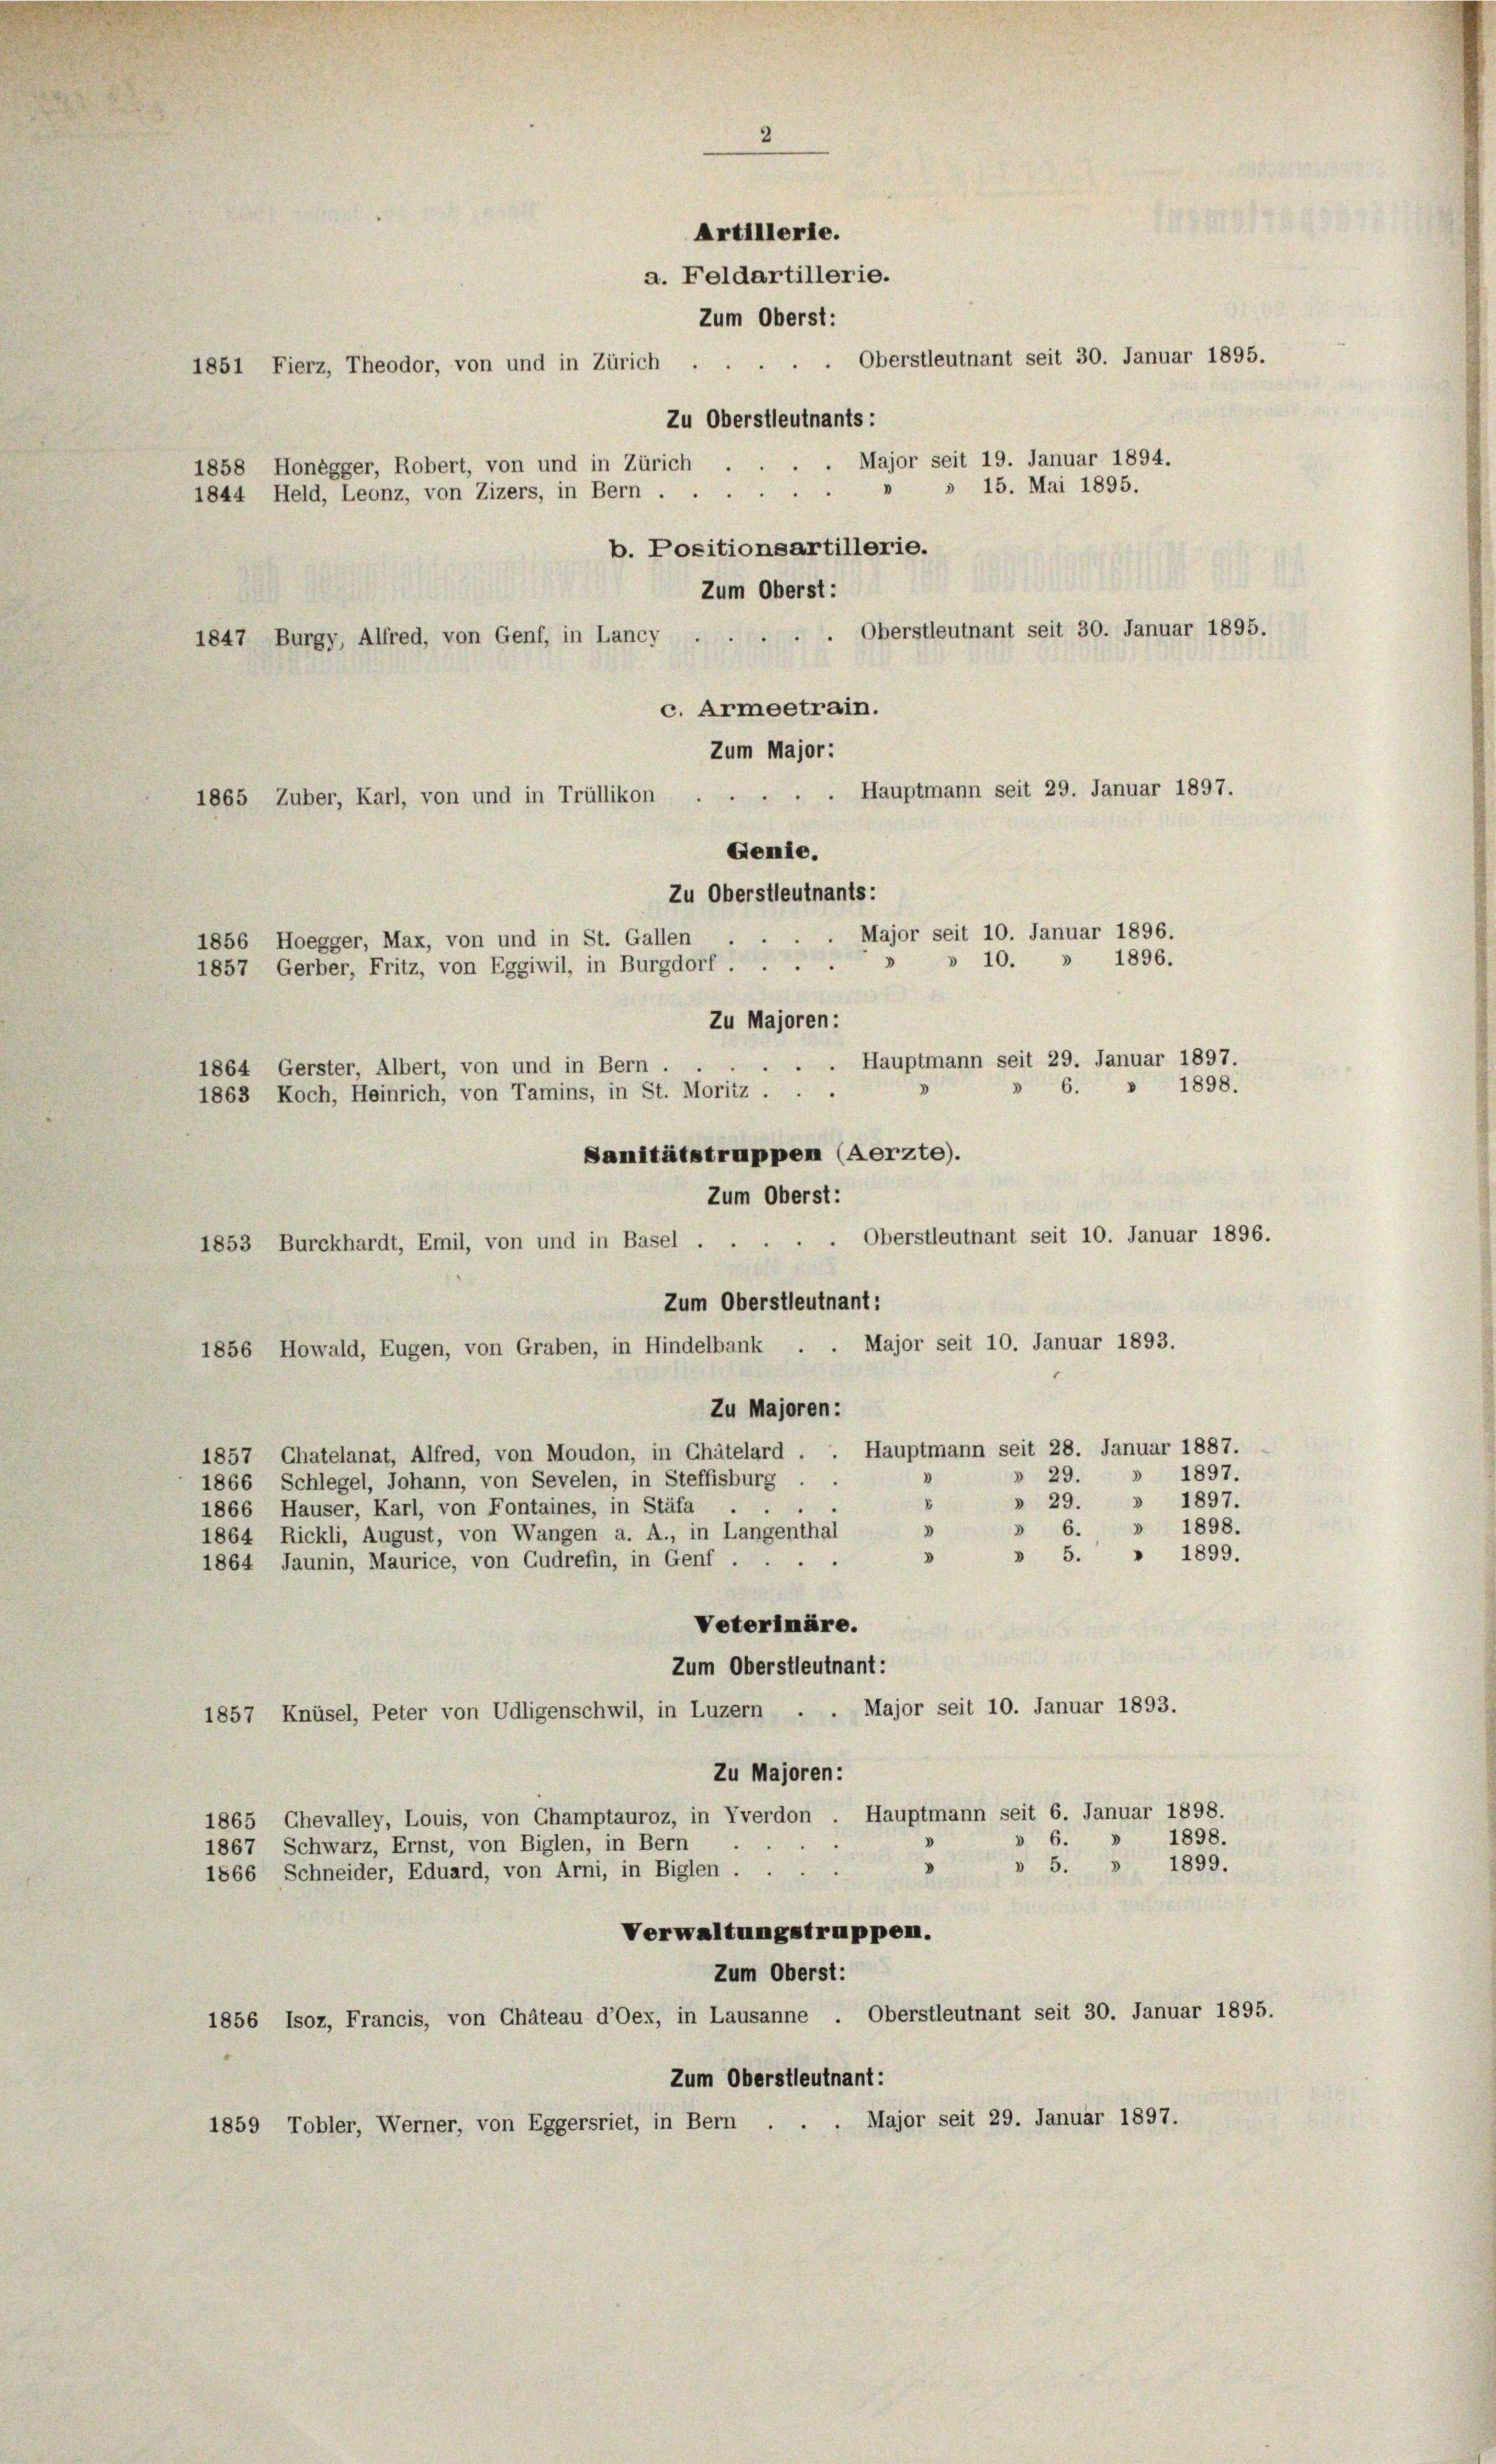
a. Feldartillerie.
Zum Oberst:
1851 Fierz, Theodor, von und in Zürich . . . . . Oberstleutnant seit 30. Januar 1895.
Zu Oberstleutnants:
Major seit 19. Januar 1894.
1858 Honegger, Robert, von und in Zürich
1844 Held, Leonz, von Zizers, in Bern . " 15. Mai 1895.
b. Positionsartillerie.
. Oberstleutnant seit 30. Januar 1895.
Major seit 10. Januar 1896.
» 10. » 1896.
 . Hauptmann seit 29. Januar 1897.
1898.
6.
Sanitätstruppen (Aerzte).
Zum Oberst:
Oberstleutnant seit 10. Januar 1896.
1853 Burckhardt, Emil, von und in Basel .
Zum Oberstleutnant:
Major seit 10. Januar 1893.
1856 Howald, Eugen, von Graben, in Hindelbank
Zu Majoren:
1857 Chatelanat, Alfred, von Moudon, in Chätelard . . Hauptmann seit 28. Januar 1887.
» 29. » 1897.
1866 Schlegel, Johann, von Sevelen, in Steffisburg
» 29. » 1897.
u
1866 Hauser, Karl, von Fontaines, in Stäfa
» 6. » 1898.
D
1864 Rickli, August, von Wangen a. A., in Langenthal
» 5. " 1899.
d
1864 Jaunin, Maurice, von Gudrefin, in Genf,
Veterimäre.
Zum Oberstleutnant:
Major seit 10. Januar 1893.
1857 Knüsel, Peter von Udligenschwil, in Luzern
Zu Majoren:
1865 Chevalley, Louis, von Champtauroz, in Yverdon . Hauptmann seit 6. Januar 1898.
1898.
 6.
1867 Schwarz, Ernst, von Biglen, in Bern
» 5. » 1899.
1866 Schneider, Eduard, von Arni, in Biglen ...
Verwaltungstruppen.
Zum Oberst:
1856 Isoz, Francis, von Chäteau d’Oex, in Lausanne . Oberstleutnant seit 30. Januar 1895.
Zum Oberstleutnant:
Major seit 29. Januar 1897.
1859 Tobler, Werner, von Eggersriet, in Bern,

Zum Oberst:
c. Armeetrain.
Zum Major:
1865 Zuber, Karl, von und in Trüllikon
Gemie.
Zu Oberstleutnants:
.
1856 Hoegger, Max, von und in St. Gallen .
1857, Gerber, Fritz, von Eggiwil, in Burgdorf.
Zu Majoren:
1864 Gerster, Albert, von und in Bern.
1863 Koch, Heinrich, von Tamins, in St. Moritz ...

1847 Burgy, Alfred, von Genf, in Lancy

Artillerie.

Hauptmann seit 29. Januar 1897.